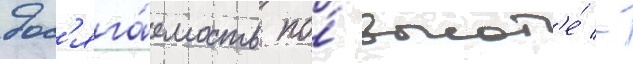
дос'яга́емость по́ высот'е́ -